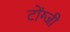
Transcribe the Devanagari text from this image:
टोंग्जी